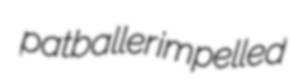
patballer impelled